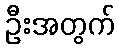
ဦးအတွက်